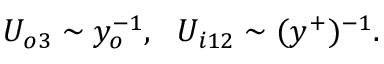
U _ { o 3 } \sim y _ { o } ^ { - 1 } , \ \ U _ { i 1 2 } \sim ( y ^ { + } ) ^ { - 1 } .